Report of the Bombay Veterinary College
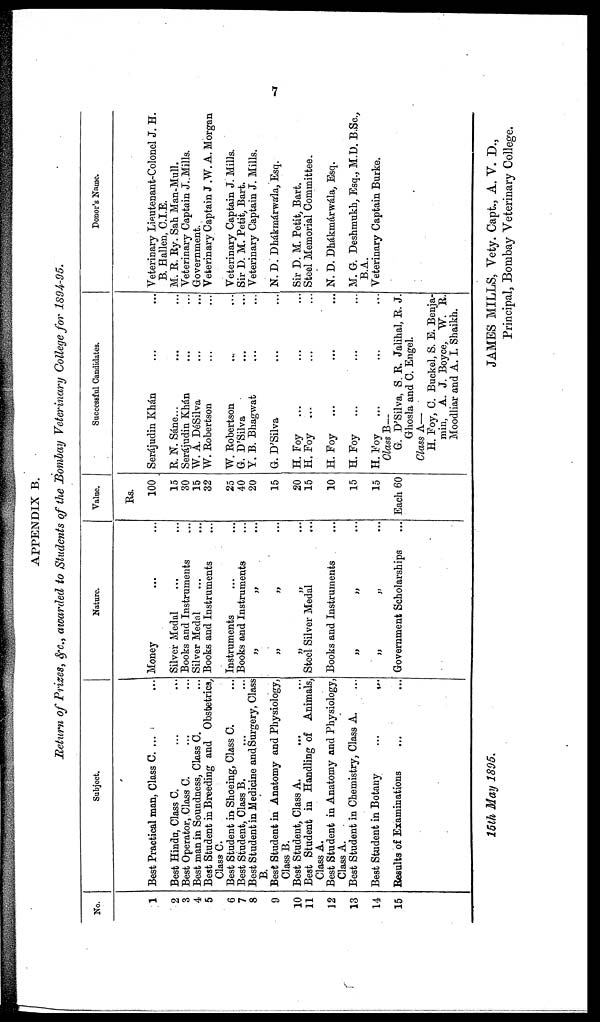
7
APPENDIX B.
Return of Prizes, &c., awarded to Students of the Bombay Veterinary College for 1894-95.
No.
1
2
3
4
5
6
7
8
9
10
11
12
13
14
15
Subject.
Best Practical man, Class C. ...
Best Hindu, Class C. ...
Best Operator, Class C. ...
Best man in Soundness, Class C.
Best Student in Breeding and Obstetrics,
Class C.
Best Student in Shoeing, Class C.
Best Student, Class B.
Best Student in Medicine and Surgery, Class
B.
Best Student in Anatomy and Physiology,
Class B.
Best Student, Class A.
Best Student in Handling of Animals,
Class A.
Best Student in Anatomy and Physiology,
Class A.
Best Student in Chemistry, Class A.
Best Student in Botany
...
...
Results of Examinations
Nature.
Money ...
Silver Medal ...
Books and Instruments ...
Silver Medal ...
Books and Instruments
Instruments
Books and Instruments
„ „
„ „
„
„
...
Steel Silver Medal
Books and Instruments
„ „ ...
„ „ ...
Government Scholarships
Value.
Rs.
100
15
30
15
32
25
40
20
15
20
15
10
15
15
Each 60
Successful Candidates.
Serájudin Khan
R. N. Sáne...
Serájudin Khan
W. A. DéSilva
W. Robertson
W.Robertson
G. D'Silva
Y. B. Bhagwat
G. D'Silva
H. Foy
...
H.Foy ...
H. Foy
...
H. Foy
...
H.Foy
...
Class B—
G. D'Silva, S. R. Jalihal, R. J.
Ghosla and C. Engel.
Class A—
H. Foy, C. Buckel, S. E. Benja-
min, A. J. Boyce, W. R.
Moodliar and A. I. Shaikh.
Donor's Name.
Veterinary Lieutenant-Colonel J. H.
B. Hallen, C.I.E.
M. R. Ry. Sah Man-Mull.
Veterinary Captain J. Mills.
Government.
Veterinary Captain J .W. A. Morgan
Veterinary Captain J. Mills.
Sir D. M. Petit, Bart.
Veterinary Captain J. Mills.
N. D. Dhákmárwála, Esq.
Sir D. M. Petit, Bart.
Steel Memorial Committee.
N. D. Dhákmarwála, Esq.
M. G. Deshmukh, Esq., M.D. B.Sc.,
B.A.
Veterinary Captain Burke.
15th May
1895.
JAMES MILLS, Vety. Capt., A. V. D.,
Principal, Bombay Veterinary College.